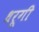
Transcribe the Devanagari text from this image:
धरूगी